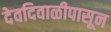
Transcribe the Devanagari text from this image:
देवदिवाळीपासून